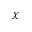
\chi